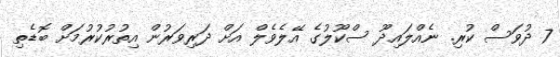
7 ދުވަސް ކުރި. ނެއްލައިދޫ ސްކޫލުގެ އޭލެވެލް އަށް ދަރިވަރުން އިތުރުކުރުމަށް ބޮޑެތި